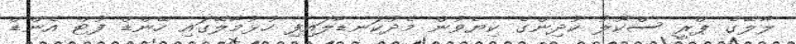
ލާލޭގެ ޕްރީ ސްކޫލު ކުދިންގެ ކިޔެވުން މެދުކަނޑާލައިފި ހުޅުމާލޭގައި ހޭންޑް ފުޓް އެންޑް